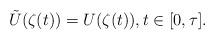
LaTeX: \begin{align*}\tilde U(\zeta(t))=U(\zeta(t)), t\in [0,\tau].\end{align*}